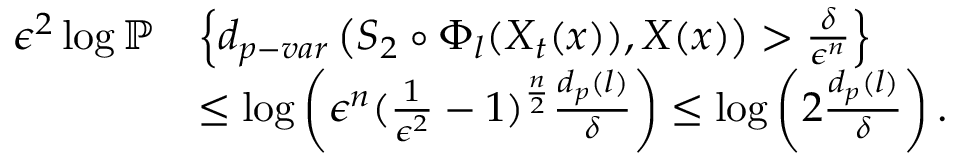
\begin{array} { r l } { \epsilon ^ { 2 } \log \mathbb { P } } & { \left\{ d _ { p - v a r } \left( S _ { 2 } \circ \Phi _ { l } ( X _ { t } ( x ) ) , \boldsymbol { X } ( x ) \right) > \frac { \delta } { \epsilon ^ { n } } \right\} } \\ & { \leq \log \left( \epsilon ^ { n } ( \frac { 1 } { \epsilon ^ { 2 } } - 1 ) ^ { \frac { n } { 2 } } \frac { d _ { p } ( l ) } { \delta } \right) \leq \log \left( 2 \frac { d _ { p } ( l ) } { \delta } \right) . } \end{array}